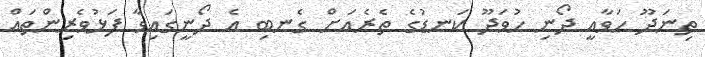
ތިނަދޫ ހަވާއީ ދޯނި ހުވަދޫ ކަނޑުގެ ތެރެއަށް ގެނބި އެ ދޯނީގައިވާ ފަޅުވެރިންތައް